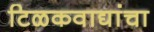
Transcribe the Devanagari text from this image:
टिळकवाद्यांचा